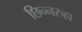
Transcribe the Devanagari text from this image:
छिन्नरुहा